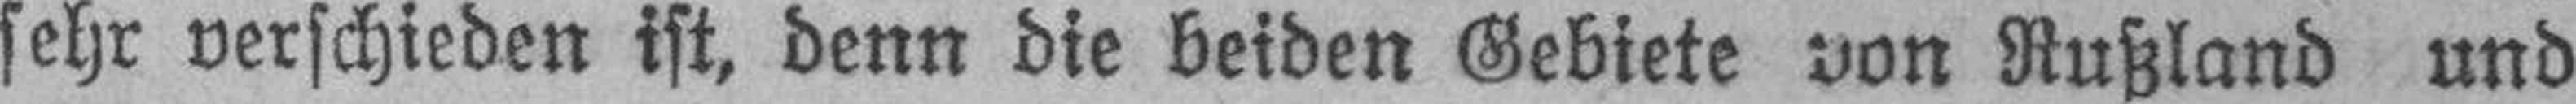
sehr verschieden ist, denn die beiden Gebiete von Rußland und